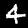
Digit: 4